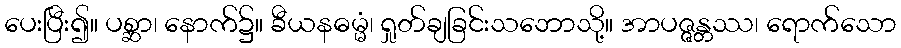
ပေးပြီး၍။ ပစ္ဆာ၊ နောက်၌။ ခီယနဓမ္မံ၊ ရှုတ်ချခြင်းသဘောသို့။ အာပဇ္ဇန္တဿ၊ ရောက်သော